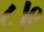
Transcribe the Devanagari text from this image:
८।९